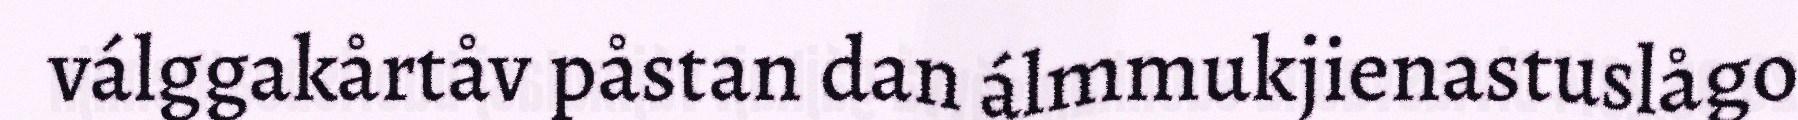
válggakårtåv påstan dan álmmukjienastuslågo